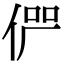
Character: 𠉬